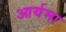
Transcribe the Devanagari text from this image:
आर्यमा